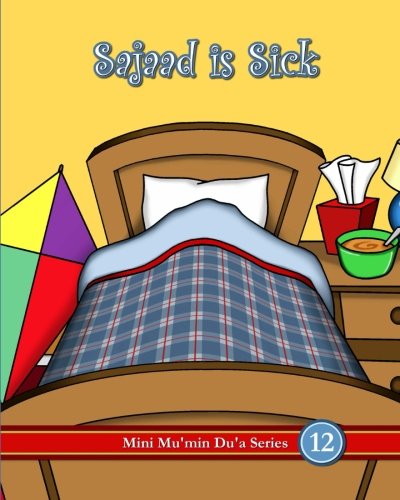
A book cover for Sajaad Is Sick (Mini Mu'min Du'a Series); Mini Mu'min Publications; Religion & Spirituality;